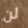
لن